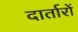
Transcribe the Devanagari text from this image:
दार्तारों